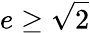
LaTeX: e\geq{\sqrt{2}}